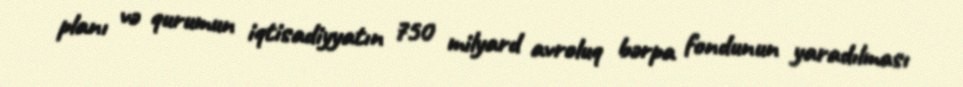
planı və qurumun iqtisadiyyatın 750 milyard avroluq bərpa fondunun yaradılması